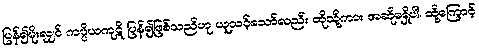
ပြန်၍မိုးလျှင် ကပ္ပိယကုဋိ ပြန်၍ဖြစ်သည်ဟု ယူသင့်သော်လည်း ထိုသို့ကား အဆိုမရှိပါ၊ ထို့ကြောင့်